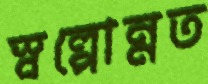
স্বল্পোন্নত